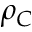
\rho _ { C }